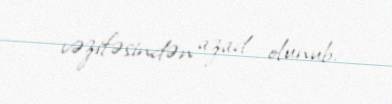
vəzifəsindən azad olunub.